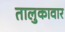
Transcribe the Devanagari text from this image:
तालुकावार